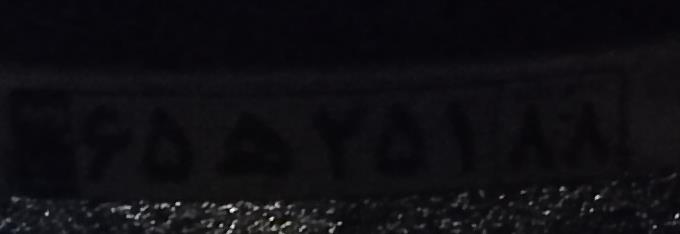
۶۵ه۲۵۱۸۸